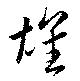
雄